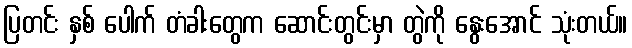
ပြတင်း နှစ် ပေါက် တံခါးတွေက ဆောင်းတွင်းမှာ တွဲကို နွေးအောင် သုံးတယ်။